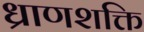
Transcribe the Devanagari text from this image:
ध्राणशक्ति